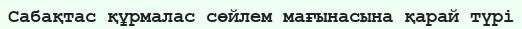
Сабақтас құрмалас сөйлем мағынасына қарай түрі